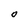
Character: O